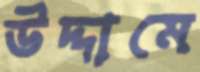
উদ্দামে